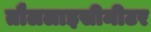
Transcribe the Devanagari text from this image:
तौललाइसीमीटर